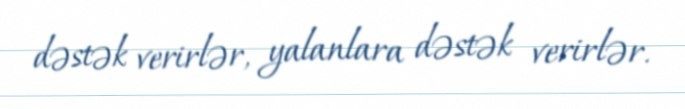
dəstək verirlər, yalanlara dəstək verirlər.